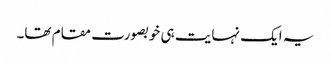
یہ ایک نہایت ہی خوبصورت مقام تھا۔